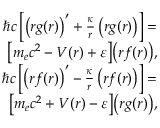
\begin{array} { r } { \hbar c \, \Big [ \big ( r g ( r ) \big ) ^ { \prime } + \frac { \kappa } { r } \, \big ( r g ( r ) \big ) \Big ] = } \\ { \big [ m _ { e } c ^ { 2 } - V ( r ) + \varepsilon \big ] \big ( r f ( r ) \big ) , } \\ { \hbar c \, \Big [ \big ( r f ( r ) \big ) ^ { \prime } - \frac { \kappa } { r } \, \big ( r f ( r ) \big ) \Big ] = } \\ { \big [ m _ { e } c ^ { 2 } + V ( r ) - \varepsilon \big ] \big ( r g ( r ) \big ) , } \end{array}